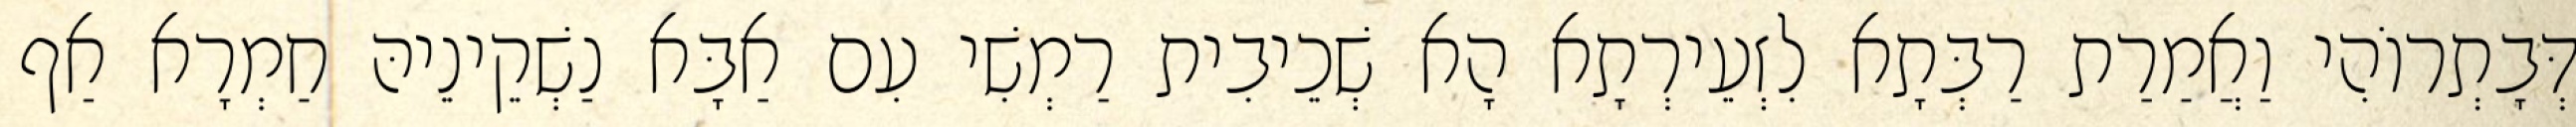
דְּבָתְרוֹהִי וַאֲמַרַת רַבְּתָא לִזְעֵירְתָא הָא שְׁכֵיבִית רַמְשִׁי עִם אַבָּא נַשְׁקֵינֵיהּ חַמְרָא אַף